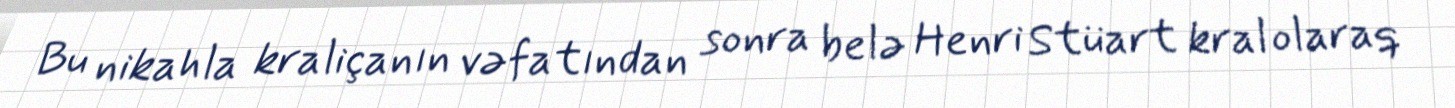
Bu nikahla kraliçanın vəfatından sonra belə Henri Stüart kral olaraq